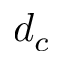
d _ { c }